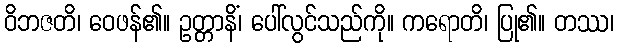
ဝိဘဇတိ၊ ဝေဖန်၏။ ဥတ္တာနိံ၊ ပေါ်လွင်သည်ကို။ ကရောတိ၊ ပြု၏။ တဿ၊